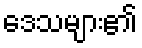
ဒေသများ၏